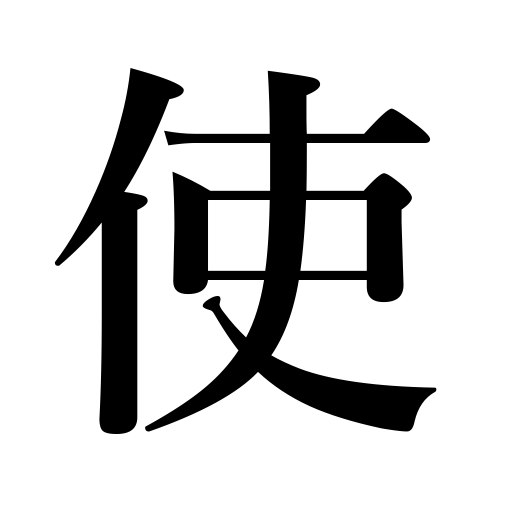
Meanings: employ,spend,manipulate,want,circulate bad money,consume,use,practice fencing,take one's lunch,speak English,handle,need,messenger